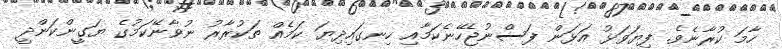
ހާމަ ކުރާނެވެ. ފިޔަވަޅު އަޅަން ފަސްނުޖެހޭނެކަމާއި ހިނގައިދިޔަ ކަމެއް ތަކުރާރު ނުވާނޭކަމުގެ ޔަގީންކަންދީ